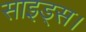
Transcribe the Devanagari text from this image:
साइड्स।